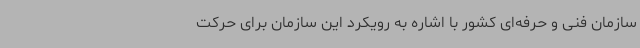
سازمان فنی و حرفه‌ای کشور با اشاره به رویکرد این سازمان برای حرکت